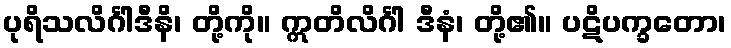
ပုရိသလိင်္ဂါဒီနိ၊ တို့ကို။ ဣတိလိင်္ဂါ ဒီနံ၊ တို့၏။ ပဋိပက္ခတော၊